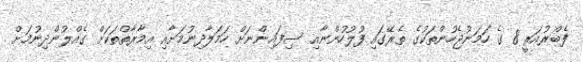
ފެބްރުއަރީ 8 ގެ ހަމަނުޖެހުންތަކުގެ ތެރޭގައި ފުލުހުންނާއި ސިފައިންނަށް ހަމަލާދިނުމަށާއި އިމާރާތްތަކަށް ގެއްލުންދިނުމަށް